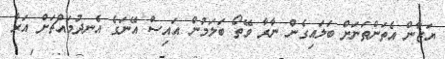
ޔަޒާން އެތަންތަނަށް ބަލައިގެން ނާރާ ވޭތޯ ބަލަމުން އައިސް އޭނަގެ އެނދުމައްޗަށް އަރާ